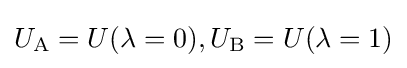
U_{\text{A}}=U(\lambda =0),U_{\text{B}}=U(\lambda =1)